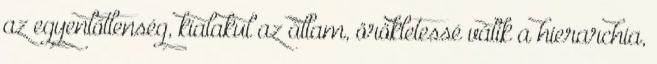
az egyenlőtlenség, kialakul az állam, örökletessé válik a hierarchia,